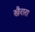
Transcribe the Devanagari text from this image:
खैरारा